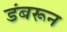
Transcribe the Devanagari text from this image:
डंबरून